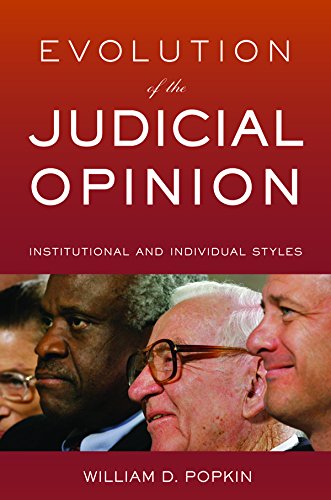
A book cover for Evolution of the Judicial Opinion: Institutional and Individual Styles; William D. Popkin; Law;